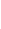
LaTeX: r\! \! \! \! \! \! \! \! \! \! \! \! _{i}\! \! \! \! \! \! \! \! \! \! \! \! ,\! \! \! \! \! \! \! \! \! \! \! \! \! \! \! \! \! \! \! \! \! \! \! \! ~\! \! \! \! \! \! \! \! \! \! \! \! i\! \! \! \! \! \! \! \! \! \! \! \! \in\! \! \! \! \! \! \! \! \! \! \! \! \{ \! \! \! \! \! \! \! \! \! \! \! \! 1\! \! \! \! \! \! \! \! \! \! \! \! ,\! \! \! \! \! \! \! \! \! \! \! \! \! \! \! \! \! \! \! \! \! \! \! \! \ldots\! \! \! \! \! \! \! \! \! \! \! \! ,\! \! \! \! \! \! \! \! \! \! \! \! n\! \! \! \! \! \! \! \! \! \! \! \! \} \! \! \! \! \! \! \! \! \! \! \! \! ,\! \! \! \! \! \! \! \! \! \! \!